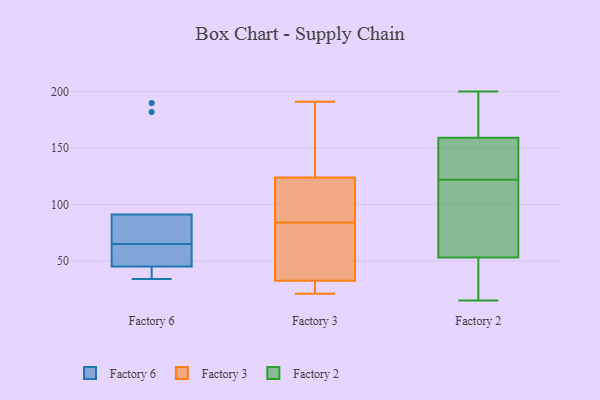
{"axis": {"x": "Backlog", "y": "Value"}, "legend": ["Factory 2", "Factory 3", "Factory 6"], "data": [{"x": "", "y": 58, "type": "Factory 6"}, {"x": "", "y": 182, "type": "Factory 6"}, {"x": "", "y": 45, "type": "Factory 6"}, {"x": "", "y": 91, "type": "Factory 6"}, {"x": "", "y": 68, "type": "Factory 6"}, {"x": "", "y": 34, "type": "Factory 6"}, {"x": "", "y": 62, "type": "Factory 6"}, {"x": "", "y": 190, "type": "Factory 6"}, {"x": "", "y": 73, "type": "Factory 6"}, {"x": "", "y": 37, "type": "Factory 6"}, {"x": "", "y": 69, "type": "Factory 3"}, {"x": "", "y": 23, "type": "Factory 3"}, {"x": "", "y": 27, "type": "Factory 3"}, {"x": "", "y": 100, "type": "Factory 3"}, {"x": "", "y": 191, "type": "Factory 3"}, {"x": "", "y": 33, "type": "Factory 3"}, {"x": "", "y": 32, "type": "Factory 3"}, {"x": "", "y": 21, "type": "Factory 3"}, {"x": "", "y": 99, "type": "Factory 3"}, {"x": "", "y": 111, "type": "Factory 3"}, {"x": "", "y": 65, "type": "Factory 3"}, {"x": "", "y": 39, "type": "Factory 3"}, {"x": "", "y": 30, "type": "Factory 3"}, {"x": "", "y": 184, "type": "Factory 3"}, {"x": "", "y": 169, "type": "Factory 3"}, {"x": "", "y": 123, "type": "Factory 3"}, {"x": "", "y": 113, "type": "Factory 3"}, {"x": "", "y": 67, "type": "Factory 3"}, {"x": "", "y": 130, "type": "Factory 3"}, {"x": "", "y": 125, "type": "Factory 3"}, {"x": "", "y": 159, "type": "Factory 2"}, {"x": "", "y": 15, "type": "Factory 2"}, {"x": "", "y": 37, "type": "Factory 2"}, {"x": "", "y": 170, "type": "Factory 2"}, {"x": "", "y": 151, "type": "Factory 2"}, {"x": "", "y": 137, "type": "Factory 2"}, {"x": "", "y": 200, "type": "Factory 2"}, {"x": "", "y": 107, "type": "Factory 2"}, {"x": "", "y": 181, "type": "Factory 2"}, {"x": "", "y": 169, "type": "Factory 2"}, {"x": "", "y": 52, "type": "Factory 2"}, {"x": "", "y": 66, "type": "Factory 2"}, {"x": "", "y": 21, "type": "Factory 2"}, {"x": "", "y": 55, "type": "Factory 2"}, {"x": "", "y": 53, "type": "Factory 2"}, {"x": "", "y": 141, "type": "Factory 2"}, {"x": "", "y": 67, "type": "Factory 2"}, {"x": "", "y": 154, "type": "Factory 2"}]}